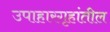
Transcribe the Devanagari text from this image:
उपाहारगृहांतील